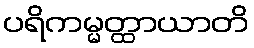
ပရိကမ္မတ္ထာယာတိ